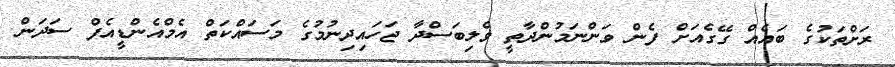
ރަށްތަކުގެ ބައެއް ގޭގެއަށް ފެން ވަންނަމުންދާތީ ވެލިބަސްދާ ޖަހައިދިނުމުގެ މަސައްކަތް އެމްއެންޑީއެފް ސަދަން